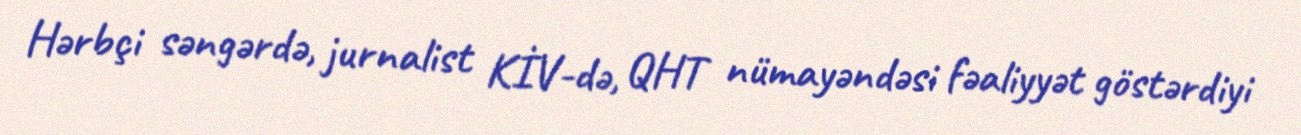
Hərbçi səngərdə, jurnalist KİV-də, QHT nümayəndəsi fəaliyyət göstərdiyi